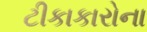
ટીકાકારોના